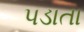
પડાતા